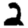
Digit: 2